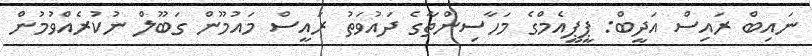
ނައިބް ރައިސް އަދީބް: ޕީޕީއެމްގެ މަހާސިންތާގެ ދައުވަތު ރައީސްް މައުމޫން ގަބޫލް ނުކުރެއްވުމުން